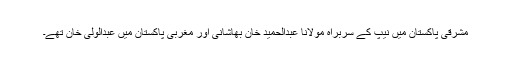
مشرقی پاکستان میں نیپ کے سربراہ مولانا عبدالحمید خان بھاشانی اور مغربی پاکستان میں عبدالولی خان تھے۔